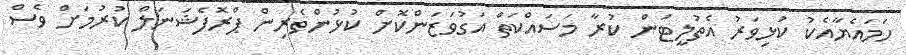
ހަމައެޔާއެކު ކުޅިވަރު އެތުލީޓުން ކުރާ މަސައްކަތް އަގުވަޒަންކޮށް ކުޅުންތެރިން ޕްރޮފެޝަނަލް ކުރުމަށް ވެސް